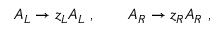
A _ { L } \rightarrow z _ { L } A _ { L } \ , \qquad A _ { R } \rightarrow z _ { R } A _ { R } \ ,